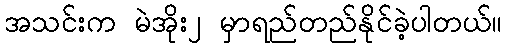
အသင်းက မဲအိုး၂ မှာရည်တည်နိုင်ခဲ့ပါတယ်။